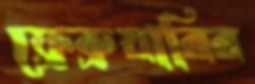
ফ্রেব্রুয়ারির